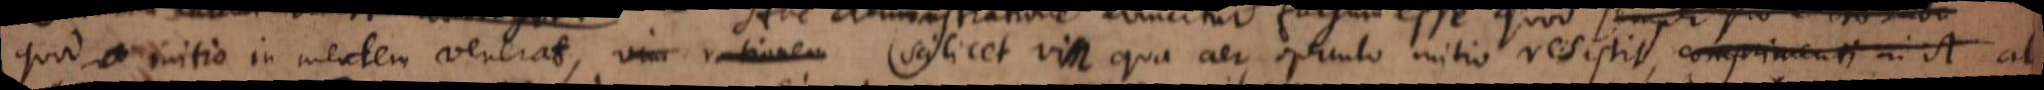
quod initio in mentem venerat vim rationem scilicet vim qua aer operculo initio resistit, comprimenti in ab